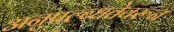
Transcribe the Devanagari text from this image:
अनुपल्ब्धतेवरून